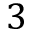
3